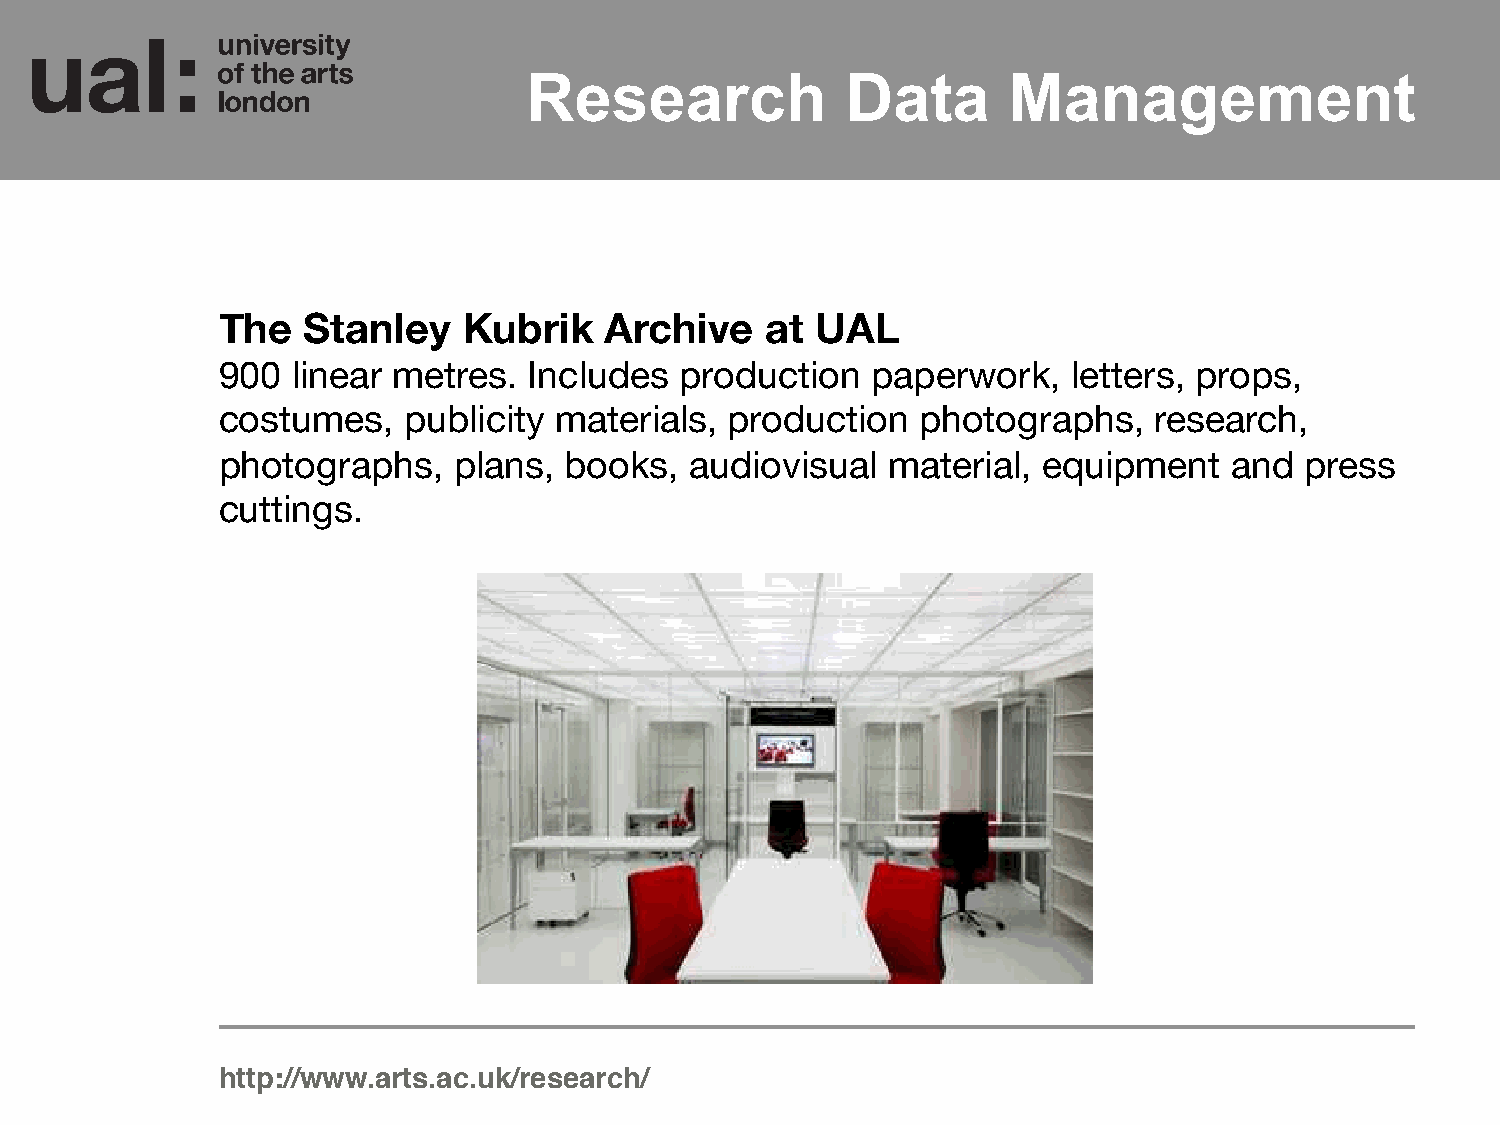
Research             Data       Management
 The   Stanley    Kubrik   Archive    at UAL
 900  linear metres.  Includes  production   paperwork,   letters, props,
 costumes,    publicity materials, production   photographs,   research,
 photographs,    plans, books,   audiovisual  material, equipment   and  press
 cuttings.
 http://www.arts.ac.uk/research/!